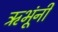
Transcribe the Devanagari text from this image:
ऋभूंनी